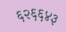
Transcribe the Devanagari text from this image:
६२६६४३